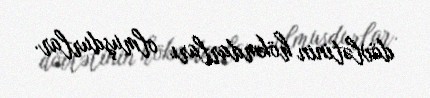
dövlətinin hökmdarları olmuşdurlar.